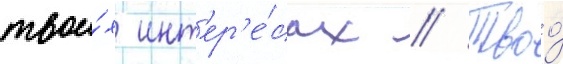
твои́х инт'ер'е́сах // Твоо́